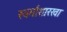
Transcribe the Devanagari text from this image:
स्वर्गासारखा